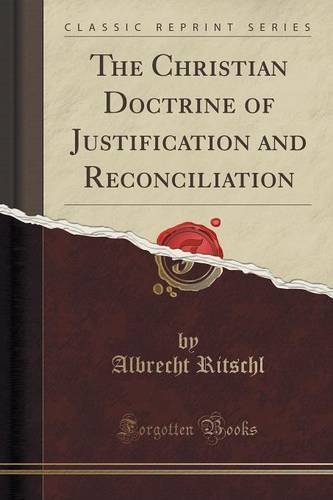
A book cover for The Christian Doctrine of Justification and Reconciliation (Classic Reprint); Albrecht Ritschl; Religion & Spirituality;